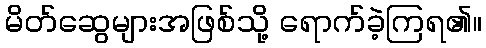
မိတ်ဆွေများအဖြစ်သို့ ရောက်ခဲ့ကြရ၏။